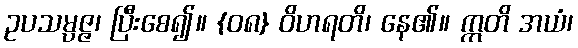
ဥပသမ္ပဇ္ဇ၊ ပြီးစေ၍။ {၀၈} ဝိဟရတိ၊ နေ၏။ ဣတိ အယံ၊